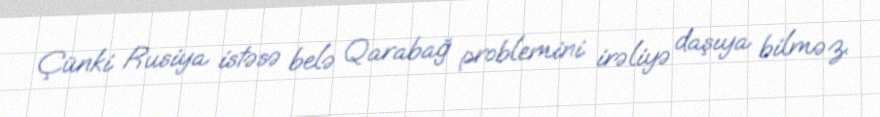
Çünki Rusiya istəsə belə Qarabağ problemini irəliyə daşıya bilməz.